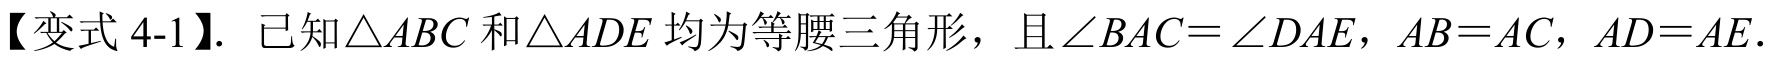
【变式 4-1】. 已知\(\triangle ABC\)和\(\triangle ADE\)均为等腰三角形，且\(\angle BAC = \angle DAE\)，\(AB = AC\)，\(AD = AE\).